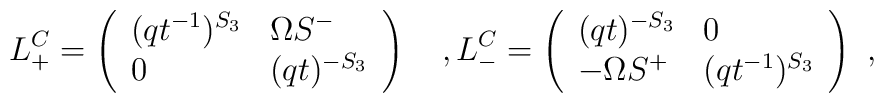
L^C_+=\left(\begin{array}{ll}(qt^{-1})^{S_3} & \Omega S^-\\0 & (qt)^{-S_3}\end{array}\right)\ \ \ ,L^C_-=\left(\begin{array}{ll}(qt)^{-S_3} & 0\\-\Omega S^+ & (qt^{-1})^{S_3}\end{array}\right)\ ,